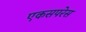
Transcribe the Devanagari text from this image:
एकसपरेस